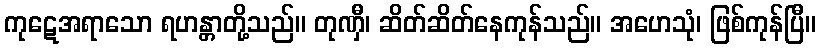
ကုဋေအရာသော ရဟန္တာတို့သည်။ တုဏှီ၊ ဆိတ်ဆိတ်နေကုန်သည်။ အဟေသုံ၊ ဖြစ်ကုန်ပြီ။